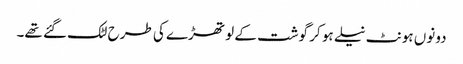
دونوں ہونٹ نیلے ہو کر گوشت کے لو تھڑے کی طرح لٹک گئے تھے۔